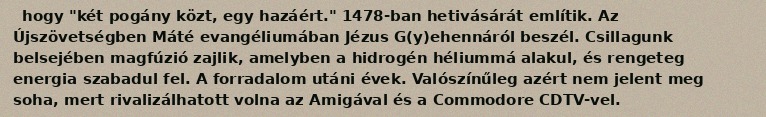
hogy "két pogány közt, egy hazáért." 1478-ban hetivásárát említik. Az Újszövetségben Máté evangéliumában Jézus G(y)ehennáról beszél. Csillagunk belsejében magfúzió zajlik, amelyben a hidrogén héliummá alakul, és rengeteg energia szabadul fel. A forradalom utáni évek. Valószínűleg azért nem jelent meg soha, mert rivalizálhatott volna az Amigával és a Commodore CDTV-vel.